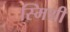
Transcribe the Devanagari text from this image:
स्मिथी